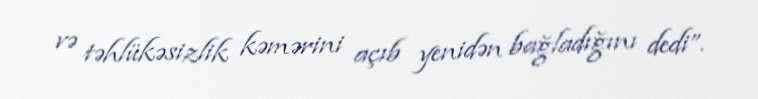
və təhlükəsizlik kəmərini açıb yenidən bağladığını dedi”.